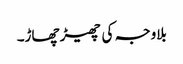
بلاوجہ کی چھیڑ چھاڑ۔